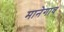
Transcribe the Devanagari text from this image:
मानेगाव